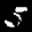
Label: 5